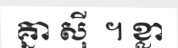
គ្នា ស៊ី  ។ ខ្លា